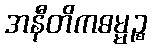
အနီတိကဓမ္မဉ္စ